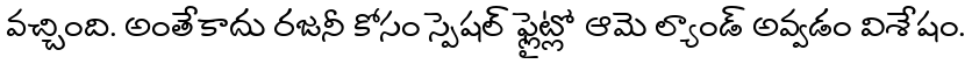
వచ్చింది. అంతేకాదు రజనీ కోసం స్పెషల్ ఫ్లైట్లో ఆమె ల్యాండ్ అవ్వడం విశేషం.